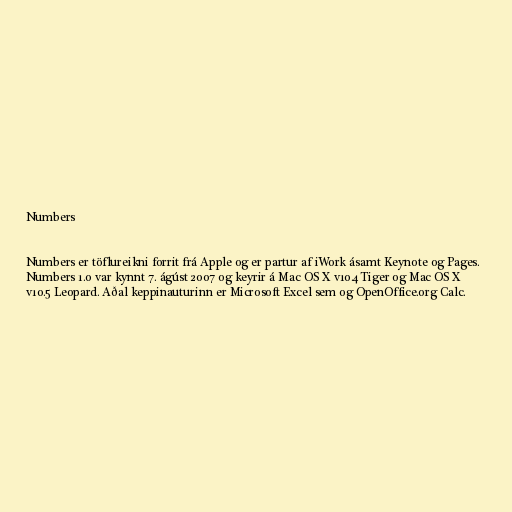
Numbers

Numbers er töflureikni forrit frá Apple og er partur af iWork ásamt Keynote og Pages.
Numbers 1.0 var kynnt 7. ágúst 2007 og keyrir á Mac OS X v10.4 Tiger og Mac OS X
v10.5 Leopard. Aðal keppinauturinn er Microsoft Excel sem og OpenOffice.org Calc.